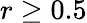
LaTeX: r\geq 0.5